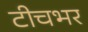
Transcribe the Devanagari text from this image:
टीचभर